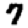
Digit: 7